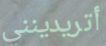
أتريدينني